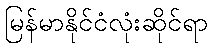
မြန်မာနိုင်ငံလုံးဆိုင်ရာ